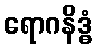
ရောဂနိဒ္ဓံ